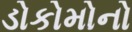
ડોકોમોનો